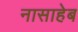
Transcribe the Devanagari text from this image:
नासाहेब